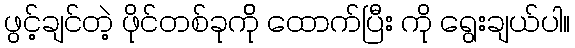
ဖွင့်ချင်တဲ့ ဖိုင်တစ်ခုက်ို ထောက်ပြီး ကို ရွေးချယ်ပါ။